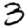
Digit: 3